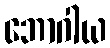
ဘောဂါယ